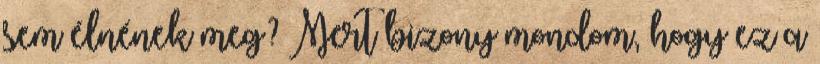
sem élnének meg? Mert bizony mondom, hogy ez a